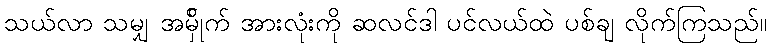
သယ်လာ သမျှ အမ်ှိုက် အားလုံးကို ဆလင်ဒါ ပင်လယ်ထဲ ပစ်ချ လိုက်ကြသည်။